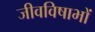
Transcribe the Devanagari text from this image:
जीवविषाभों